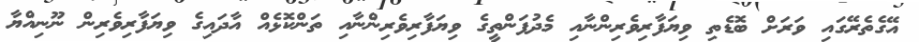
އޭގެތެރޭގައި ވަރަށް ބޮޑެތި ވިޔަފާރިވެރިންނާއި މެދުފަންތީގެ ވިޔަފާރިވެރިންނާއި ތަންކޮޅެއް އާދައިގެ ވިޔަފާރިވެރިން ނޫނިއްޔާ